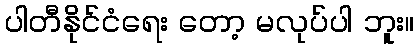
ပါတီနိုင်ငံရေး တော့ မလုပ်ပါ ဘူး။